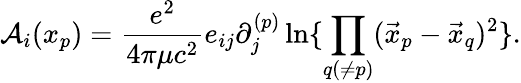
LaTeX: {\cal A}_{i}(x_{p})={\frac{e^{2}}{4\pi\mu c^{2}}}e_{ij}\partial_{j}^{(p)}\ln\{ \prod_{q(\ne p)}(\vec{x}_{p}-\vec{x}_{q})^{2}\} .